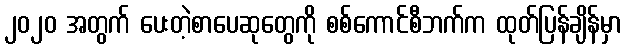
၂၀၂၀ အတွက် ပေးတဲ့စာပေဆုတွေကို စစ်ကောင်စီဘက်က ထုတ်ပြန်ချိန်မှာ